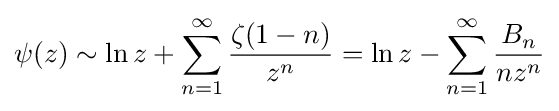
\psi (z)\sim \ln z+\sum _{n=1}^{\infty }{\frac {\zeta (1-n)}{z^{n}}}=\ln z-\sum _{n=1}^{\infty }{\frac {B_{n}}{nz^{n}}}